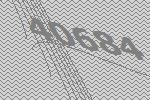
40684